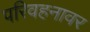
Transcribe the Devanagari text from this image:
परिवहनावर